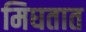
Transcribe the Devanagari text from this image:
मिघतात